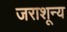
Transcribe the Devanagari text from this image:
जराशून्य